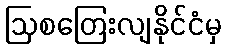
ဩစတြေးလျနိုင်ငံမှ